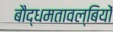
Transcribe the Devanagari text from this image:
बौद्धमतावल्बियों